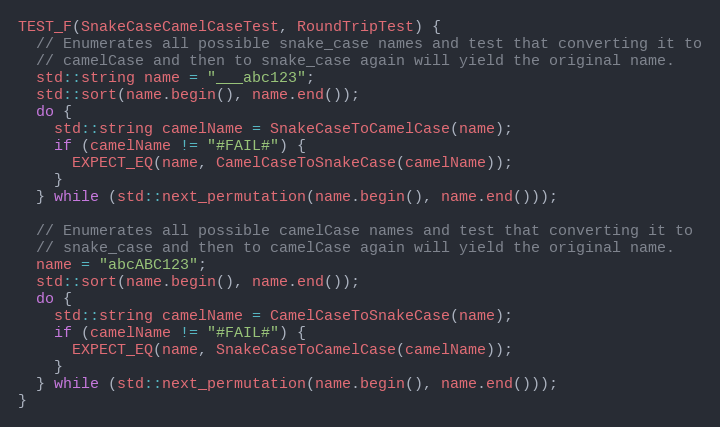
Language: C++
TEST_F(SnakeCaseCamelCaseTest, RoundTripTest) {
  // Enumerates all possible snake_case names and test that converting it to
  // camelCase and then to snake_case again will yield the original name.
  std::string name = "___abc123";
  std::sort(name.begin(), name.end());
  do {
    std::string camelName = SnakeCaseToCamelCase(name);
    if (camelName != "#FAIL#") {
      EXPECT_EQ(name, CamelCaseToSnakeCase(camelName));
    }
  } while (std::next_permutation(name.begin(), name.end()));

  // Enumerates all possible camelCase names and test that converting it to
  // snake_case and then to camelCase again will yield the original name.
  name = "abcABC123";
  std::sort(name.begin(), name.end());
  do {
    std::string camelName = CamelCaseToSnakeCase(name);
    if (camelName != "#FAIL#") {
      EXPECT_EQ(name, SnakeCaseToCamelCase(camelName));
    }
  } while (std::next_permutation(name.begin(), name.end()));
}